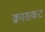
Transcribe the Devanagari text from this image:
क्रासकट